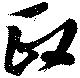
政